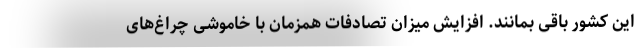
این کشور باقی بمانند. افزایش میزان تصادفات همزمان با خاموشی چراغ‌های